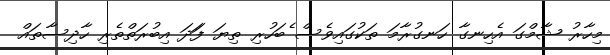
މިހާރު ޝާމްގަ އެހިނގާ ހަނގުރާމަ ތަކުގައިވެސް ެބަހުރި ތިޔަ ފަަދަ އިބުރަތްތެރި ހާދިސާތައް